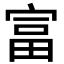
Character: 富